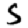
Digit: 5